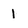
Character: 1